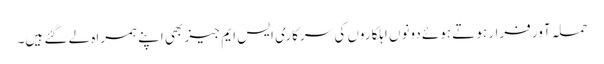
حملہ آور فرار ہوتے ہوئے دونوں اہلکاروں کی سرکاری ایس ایم جیز بھی اپنے ہمراہ لے گئے ہیں۔